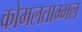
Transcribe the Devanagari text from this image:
कोमलताम्मल